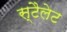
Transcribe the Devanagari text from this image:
स्टैलेट